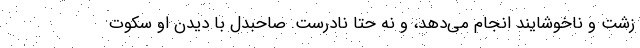
زشت و ناخوشایند انجام می‌دهد، و نه حتا نادرست. صاحبدل با دیدن او سکوت